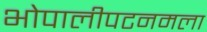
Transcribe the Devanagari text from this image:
भोपालीपटनमला